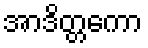
အာဒိတ္တကော